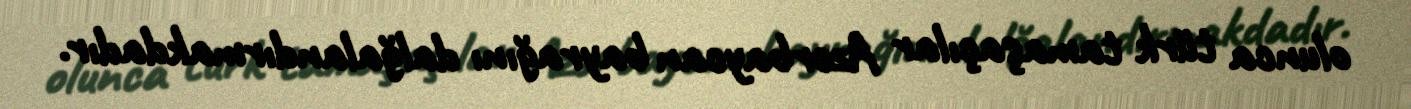
olunca türk tamaşaçılar Azərbaycan bayrağını dalğalandırmakdadır.